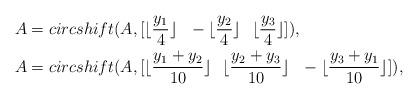
LaTeX: \begin{align*}&A=circshift(A,[\lfloor \frac{y_1}{4} \rfloor~~-\lfloor\frac{y_2}{4}\rfloor~~\lfloor\frac{y_3}{4}\rfloor]),\\&A=circshift(A,[\lfloor \frac{y_1+y_2}{10} \rfloor~~\lfloor\frac{y_2+y_3}{10} \rfloor~~-\lfloor \frac{y_3+y_1}{10} \rfloor]),\end{align*}